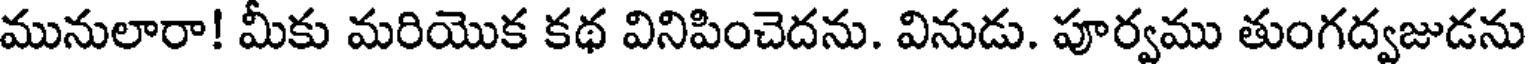
మునులారా! మీకు మరియొక కథ వినిపించెదను. వినుడు. పూర్వము తుంగద్వజుడను